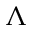
\Lambda